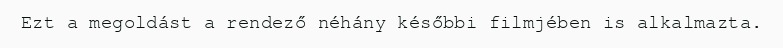
Ezt a megoldást a rendező néhány későbbi filmjében is alkalmazta.